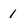
Character: 1